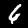
Label: 6